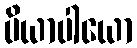
ပိယာပါယော